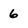
Character: 6